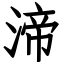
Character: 渧